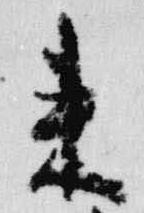
来